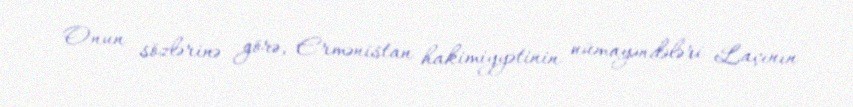
Onun sözlərinə görə, Ermənistan hakimiyyətinin nümayəndələri Laçının